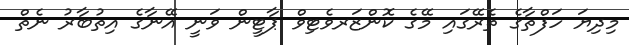
މިދިޔަ ހަފްތާގެ ތެރޭގައި މޭގެ ކޮންޒަރވެޓިވް ޕާޓީން ވަނީ އޭނާގެ އިތުބާރު ނެތް